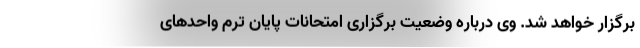
برگزار خواهد شد. وی درباره وضعیت برگزاری امتحانات پایان ترم واحدهای